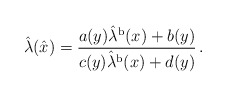
\begin{align*}\hat{\lambda} (\hat{x}) =\frac{a(y) \hat{\lambda}^{\rm b} (x) + b (y)}{c(y) \hat{\lambda}^{\rm b} (x) + d (y)}\, .\end{align*}